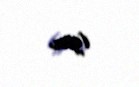
(gürc.